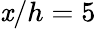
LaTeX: \mathit{x}/h=5